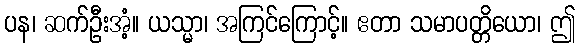
ပန၊ ဆက်ဦးအံ့။ ယသ္မာ၊ အကြင်ကြောင့်။ ဧတာ သမာပတ္တိယော၊ ဤ